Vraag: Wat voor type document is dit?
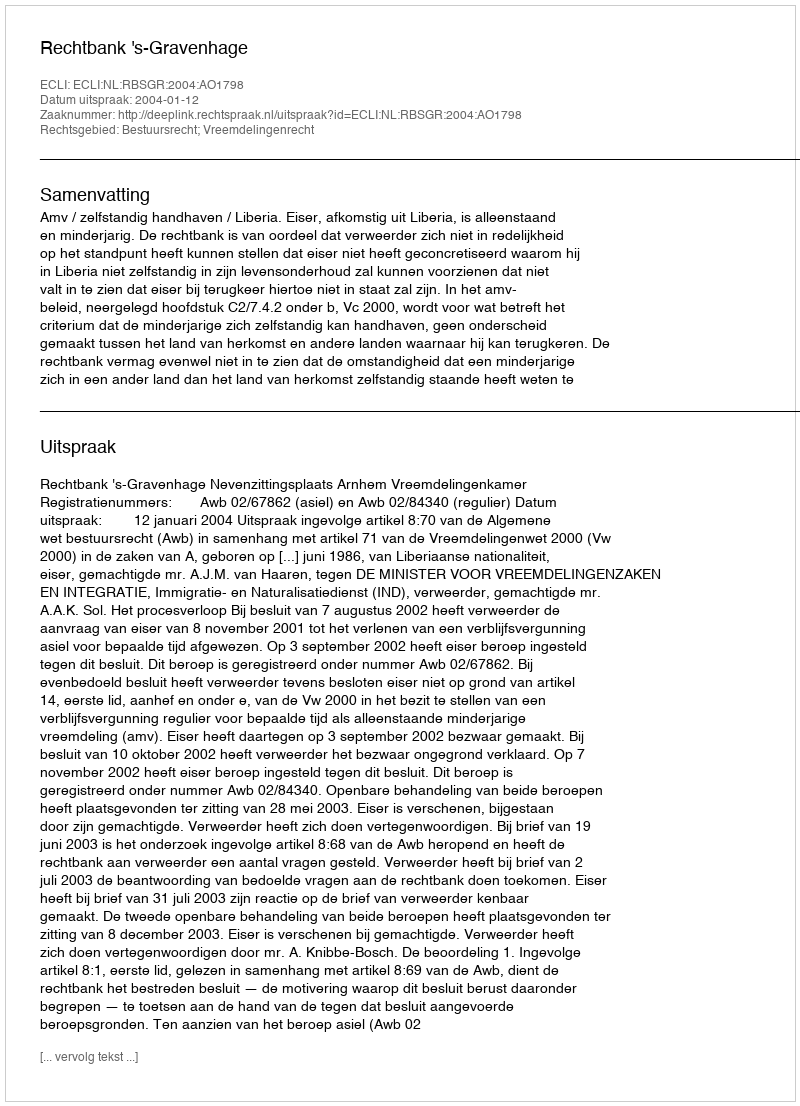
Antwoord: Uitspraak